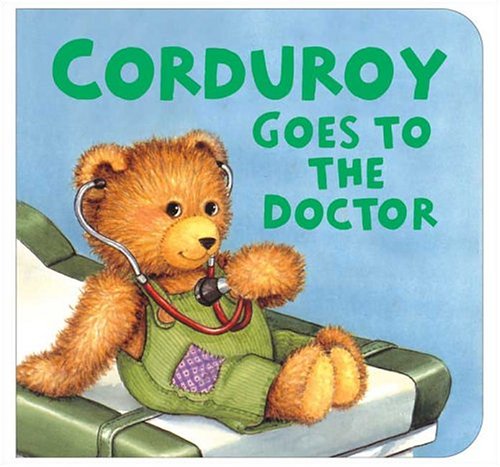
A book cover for Corduroy Goes to the Doctor (lg format); Don Freeman; Children's Books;